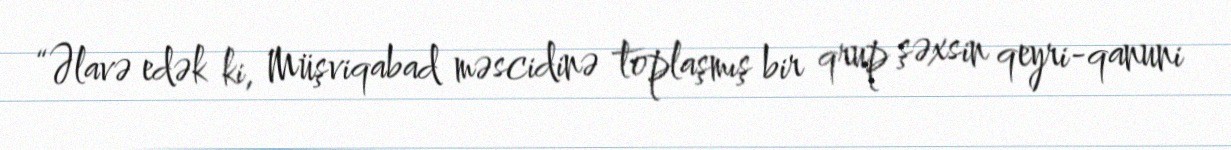
“Əlavə edək ki, Müşviqabad məscidinə toplaşmış bir qrup şəxsin qeyri-qanuni